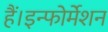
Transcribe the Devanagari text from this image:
हैं।इन्फोर्मेशन